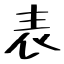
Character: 表